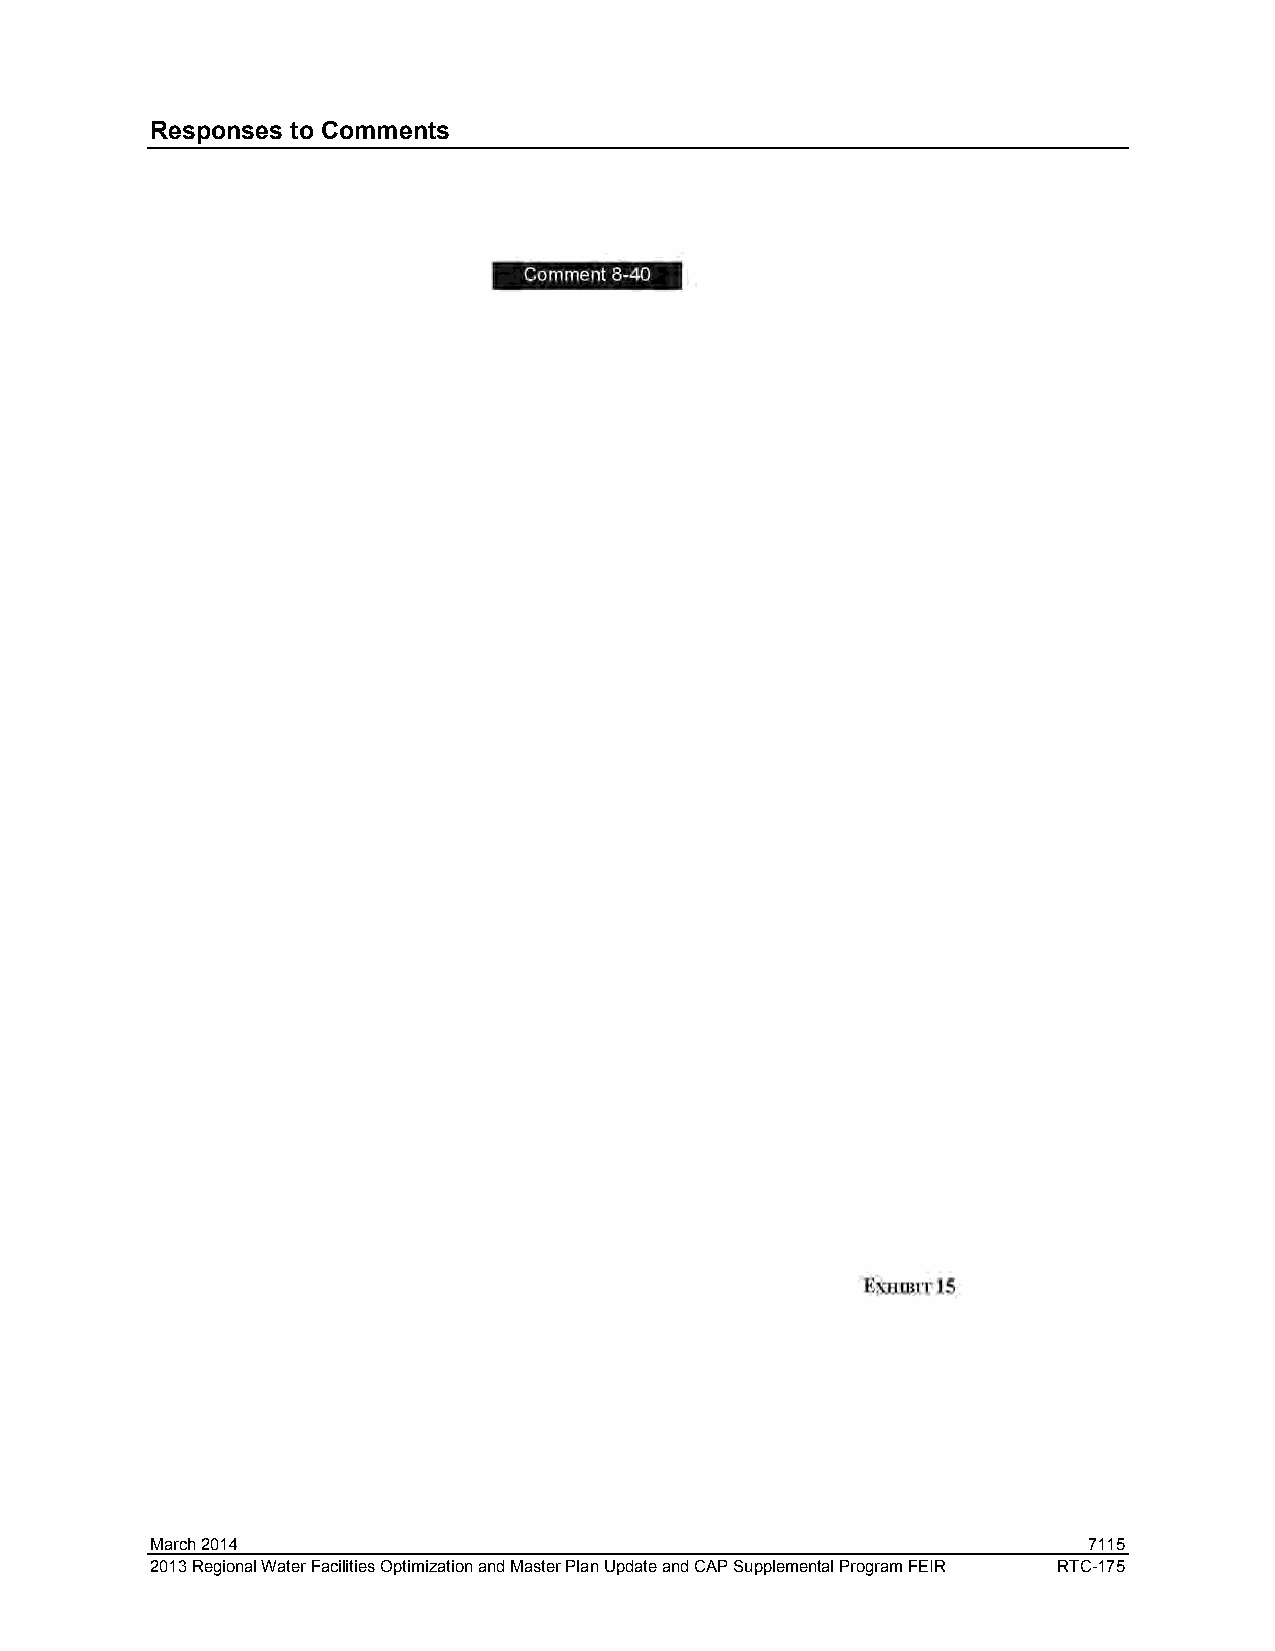
Responses to Comments
 March 2014                                                    7115
 2013 Regional Water Facilities Optimization and Master Plan Update and CAP Supplemental Program FEIR RTC-175